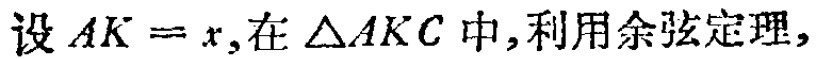
设 \(AK = x\),在 \(\triangle AKC\) 中,利用余弦定理,